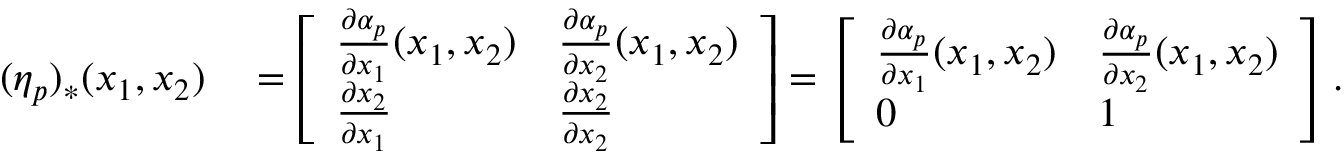
\begin{array} { r l } { ( \eta _ { p } ) _ { * } ( x _ { 1 } , x _ { 2 } ) } & { { } = \left[ \begin{array} { l l } { \frac { \partial \alpha _ { p } } { \partial x _ { 1 } } ( x _ { 1 } , x _ { 2 } ) } & { \frac { \partial \alpha _ { p } } { \partial x _ { 2 } } ( x _ { 1 } , x _ { 2 } ) } \\ { \frac { \partial x _ { 2 } } { \partial x _ { 1 } } } & { \frac { \partial x _ { 2 } } { \partial x _ { 2 } } } \end{array} \right] = \left[ \begin{array} { l l } { \frac { \partial \alpha _ { p } } { \partial x _ { 1 } } ( x _ { 1 } , x _ { 2 } ) } & { \frac { \partial \alpha _ { p } } { \partial x _ { 2 } } ( x _ { 1 } , x _ { 2 } ) } \\ { 0 } & { 1 } \end{array} \right] . } \end{array}